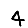
Digit: 4